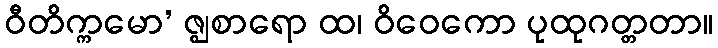
ဝီတိက္ကမော’ ဇ္ဈစာရော ထ၊ ဝိဝေကော ပုထုဂတ္တတာ။